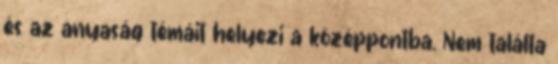
és az anyaság témáit helyezi a középpontba. Nem találta